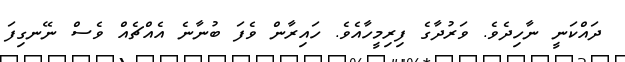
ދައްކަނީ ނާހިދެވެ. ވަރުދާގެ ފިރިމީހާއެވެ. ހައިރާން ވެފަ ބުނާނެ އެއްޗެއް ވެސް ނޭނގިފަ